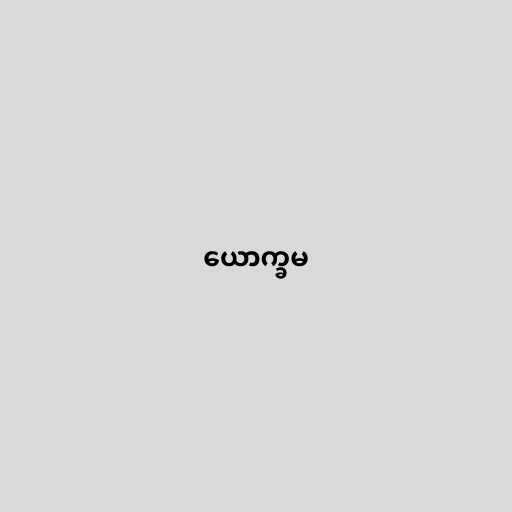
ယောက္ခမ